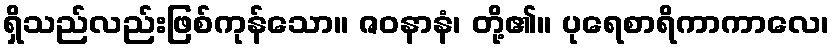
ရှိသည်လည်းဖြစ်ကုန်သော။ ဇဝနာနံ၊ တို့၏။ ပုရေစာရိကာကာလေ၊